Lunatic asylums in Bengal annual reports 1912-1924 - 1912-1924
Year: 1912
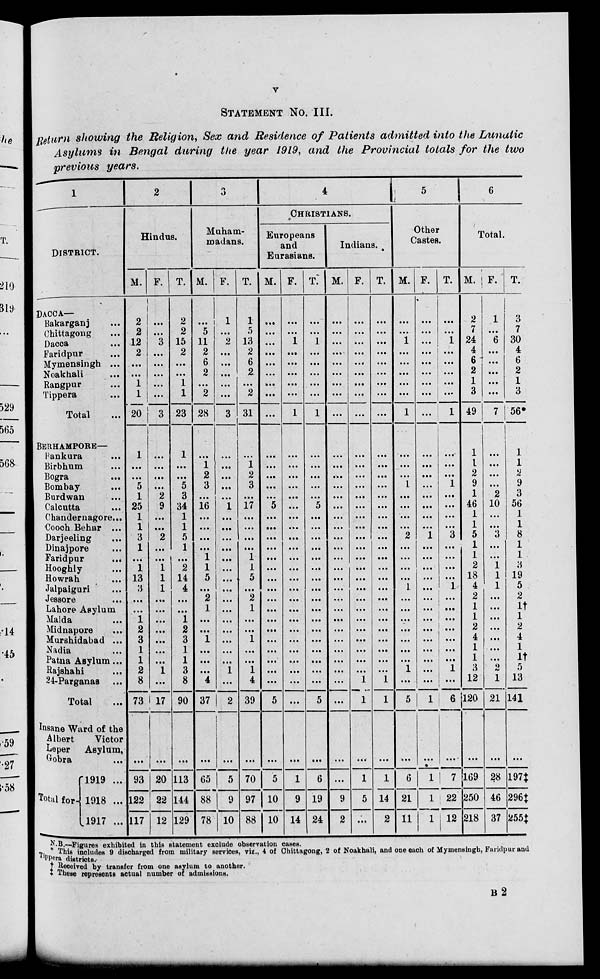
v
STATEMENT No. III.
Return showing the Religion, Sex and Residence of Patients admitted into the Lunatic
Asylums in Bengal during the year 1919, and the Provincial totals for the two
previous years.
1
DISTRICT.
DACCA—
Bakarganj ...
Chittagong ...
Dacca ...
Faridpur ...
Mymensingh ...
Noakhali ...
Rangpur ...
Tippera ...
Total ...
BERHAMPORE—
Bankura ...
Birbhum ...
Bogra ...
Bombay ...
Burdwan ...
Calcutta ...
Chandernagore...
Cooch Behar ...
Darjeeling ...
Dinajpore ...
Faridpur
...
Hooghly ...
Howrah ...
Jalpaiguri ...
Jessore ...
Lahore Asylum
Malda ...
Midnapore ...
Murshidabad ...
Nadia ...
Patna Asylum ...
Rajshahi ...
24-Parganas ...
Total ...
Insane Ward of the
Albert
Victor
Leper Asylum,
Gobra ...
Total for
1919 ...
1918 ...
1917 ...
2
Hindus.
M.
2
2
12
2
...
...
1
1
20
1
...
...
5
1
25
1
1
3
1
...
1
13
3
...
...
1
2
3
1
1
2
8
73
...
93
122
117
F.
...
...
3
...
...
...
...
...
3
...
...
...
...
2
9
...
...
2
...
...
1
1
1
...
...
...
...
...
...
...
1
...
17
...
20
22
12
T.
2
2
15
2
...
...
1
1
23
1
...
...
5
3
34
1
1
5
1
...
2
14
4
...
...
1
2
3
1
1
3
8
90
...
113
144
129
3
Muham-
madans.
M.
...
5
11
2
6
2
...
2
28
...
1
2
3
...
16
...
...
...
...
1
1
5
...
2
1
...
...
1
...
...
...
4
37
...
65
88
78
F.
1
...
2
...
...
...
...
...
3
...
...
...
...
...
1
...
...
...
...
...
...
...
...
...
...
...
...
...
...
...
1
...
2
...
5
9
10
T.
1
5
13
2
6
2
...
2
31
...
1
2
3
...
17
...
...
...
...
1
1
5
...
2
1
...
...
1
...
...
1
4
39
...
70
97
88
4
CHRISTIANS.
Europeans
and
Eurasians.
M.
...
...
...
...
...
...
...
...
...
...
...
...
...
...
5
...
...
...
...
...
...
...
...
...
...
...
...
...
...
...
...
...
5
...
5
10
10
F.
...
...
1
...
...
...
...
...
1
...
...
...
...
...
...
...
...
...
...
...
...
...
...
...
...
...
...
...
...
...
...
...
...
...
1
9
14
T.
...
...
1
...
...
...
...
...
1
...
...
...
...
...
5
...
...
...
...
...
...
...
...
...
...
...
...
...
...
...
...
...
5
...
6
19
24
Indians.
M.
...
...
...
...
...
...
...
...
...
...
...
...
...
...
...
...
...
...
...
...
...
...
...
...
...
...
...
...
...
...
...
...
...
...
...
9
2
F.
...
...
...
...
...
...
...
...
...
...
...
...
...
...
...
...
...
...
...
...
...
...
...
...
...
...
...
...
...
...
...
1
1
...
1
5
...
T.
...
...
...
...
...
...
...
...
...
...
...
...
...
...
...
...
...
...
...
...
...
...
...
...
...
...
...
...
...
...
...
1
1
...
1
14
2
5
Other
Castes.
M.
...
...
1
...
...
...
...
...
1
...
...
...
1
...
...
...
...
2
...
...
...
...
1
...
...
...
...
...
...
...
1
...
5
...
6
21
11
F.
...
...
...
...
...
...
...
...
...
...
...
...
...
...
...
...
...
1
...
...
...
...
...
...
...
...
...
...
...
...
...
...
1
...
1
1
1
T.
...
...
1
...
...
...
...
...
1
...
...
...
1
...
...
...
...
3
...
...
...
...
1
...
...
...
...
...
...
...
1
...
6
...
7
22
12
6
Total.
M.
2
7
24
4
6
2
1
3
49
1
1
2
9
1
46
1
1
5
1
1
2
18
4
2
1
1
2
4
1
1
3
12
120
...
169
250
218
F.
1
...
6
...
...
...
...
...
7
...
...
...
...
2
10
...
...
3
...
...
1
1
1
...
...
...
...
...
...
...
2
1
21
...
28
46
37
T.
3
7
30
4
6
2
1
3
56*
1
1
2
9
3
56
1
1
8
1
1
3
19
5
2
1†
1
2
4
1
1†
5
13
141
...
197‡
296‡
255‡
N.B.—Figures exhibited in this statement exclude observation cases.
*
This includes 9 discharged from military services, viz., 4 of Chittagong, 2 of Noakhali, and one each of Mymensingh, Faridpur and
Tippera districts.
† Received by transfer from one asylum to another.
‡ These represents actual number of admissions.
B2